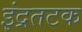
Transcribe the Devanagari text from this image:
इंद्रतटक